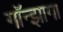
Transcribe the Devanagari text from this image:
गॉन्झागा